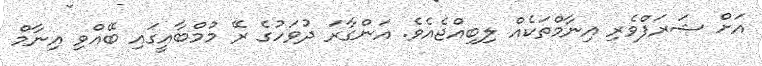
އަށް ޝަރަފްވެރި އިނާމްތަކެއް ލިބިއްޖެއެވެ. އަންގާރަ ދުވަހުގެ ރޭ މުމްބާއީގައި ބޭއްވި އިނާމް